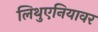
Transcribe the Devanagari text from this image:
लिथुएनियावर